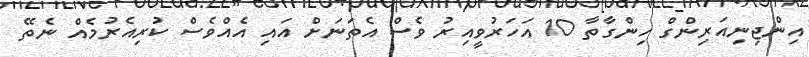
އިންޖިނިއަރިންގް ހިންގާތާ 10 އަހަރުވީއިރު ވެސް އެތަނަށް އައި އެއްވެސް ކުރިއެރުމެއް ނެތޭ